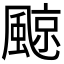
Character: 𩗬